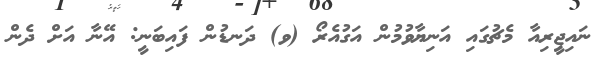
ނައިޖީިރިއާ މެޗުގައި އަނިޔާވުމުން އަގުއެރޯ (ވ) ދަނޑުން ފައިބަނީ: އޭނާ އަށް ދެން